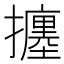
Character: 𢷹